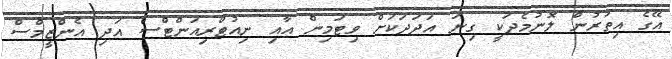
އޭގެ އިތުރުން ލޮނުމެދަކީ ގިނަ އަދަދަކަށް ވިޓަމިން އާއި ނިއުޓްރިއަންޓްސް އަދި އެންޒީމްސް